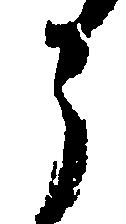
う